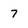
Character: 7